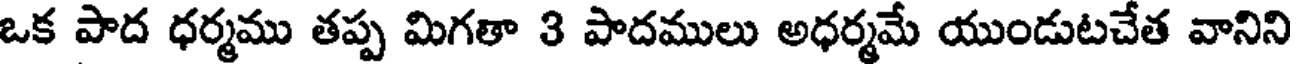
ఒక పాద ధర్మము తప్ప మిగతా 3 పాదములు అధర్మమే యుండుటచేత వానిని